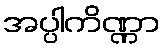
အပ္ပါကိဏ္ဏာ